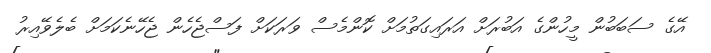
އޭގެ ސަބަބުން މީހުންގެ އަބުރަށް އަރައިގަތުމަށް ކޮންމެސް ވަރަކަށް ފަސްޖެހެން ޖެހޭނެކަމަށް ބެލެވޭއިރު